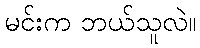
မင်းက ဘယ်သူလဲ။